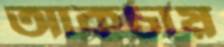
আকচায়